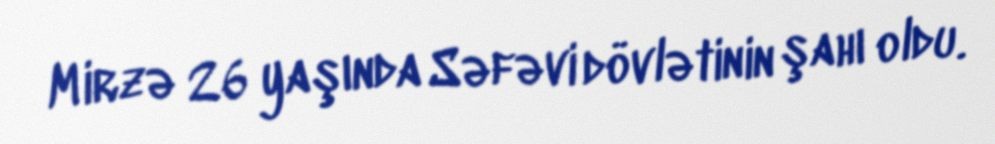
Mirzə 26 yaşında Səfəvi dövlətinin şahı oldu.